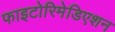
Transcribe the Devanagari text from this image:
फाइटोरिमेडिएशन